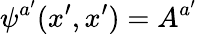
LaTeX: \psi^{a^{\prime}}(x^{\prime},x^{\prime})=A^{a^{\prime}}